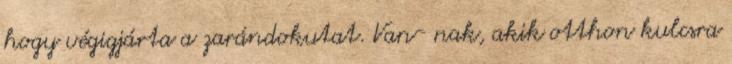
hogy végigjárta a zarándokutat. Van- nak, akik otthon kulcsra